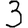
Digit: 3